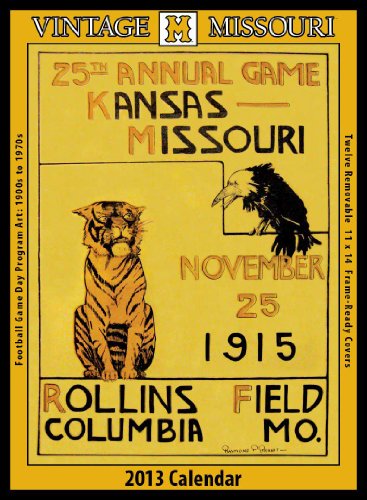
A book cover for Missouri Tigers 2013 Vintage Football Calendar; Asgard Press; Calendars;